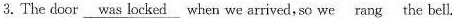
3.The door \underline{was locked} when we arrived,so we \underline{rang} the bell.